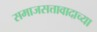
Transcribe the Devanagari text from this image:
समाजसत्तावादाच्या